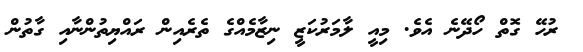
ރުހޭ ގޮތް ހޯދޭނެ އެވެ. މިއީ ލާމަރުކަޒީ ނިޒާމެއްގެ ތެރެއިން ރައްޔިތުންނާއި ގާތުން